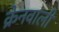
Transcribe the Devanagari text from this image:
क्रेनवाली